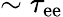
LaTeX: \sim\tau_{\mathrm{e}\mathrm{e}}